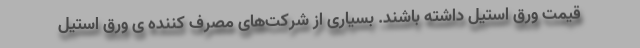
قیمت ورق استیل داشته باشند. بسیاری از شرکت‌های مصرف کننده ی ورق استیل